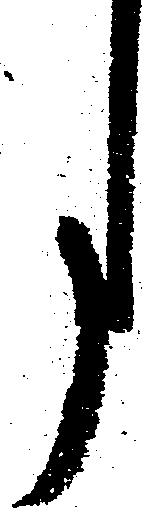
月